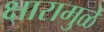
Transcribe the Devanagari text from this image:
क्षारामुळे